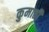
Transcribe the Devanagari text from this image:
कुमाठी